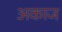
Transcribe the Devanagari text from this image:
अकाज